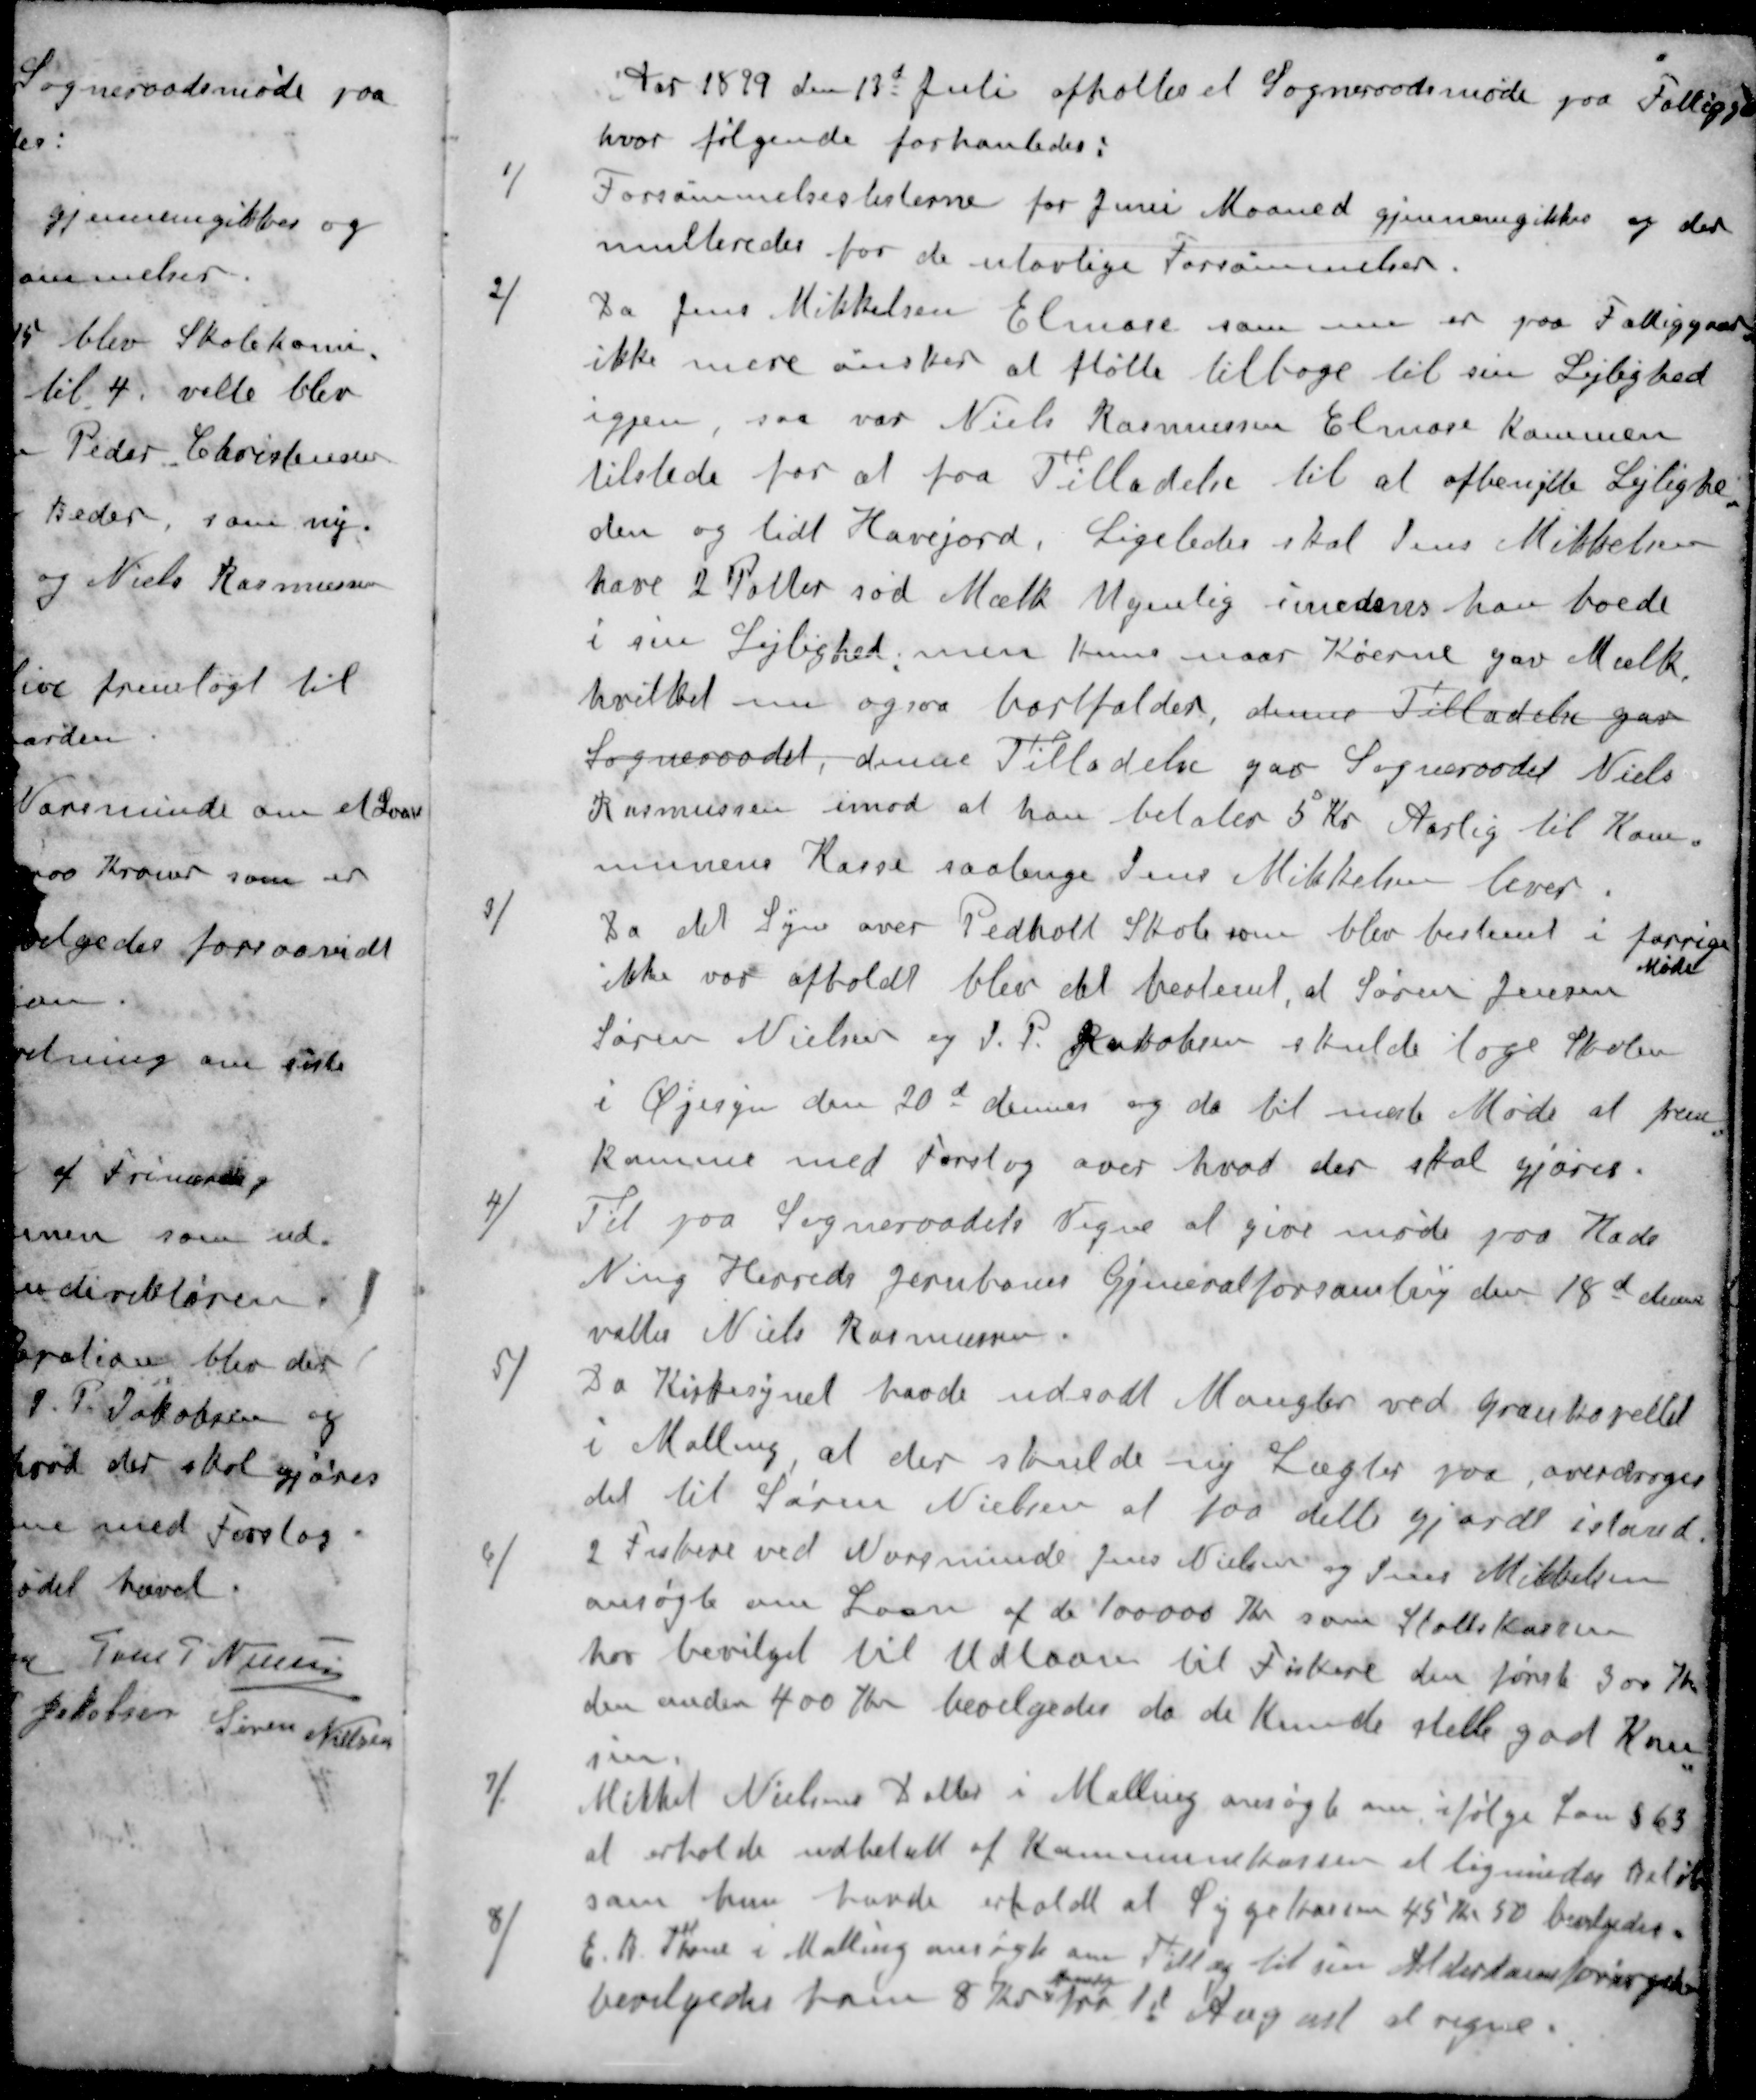
Transskription:
Aar 1899 den 13d Juli afholtes et Sogneraadsmøde paa Fattigga
hvor følgende forhanledes:
1 / Forsømmelseslisterne for Juni Maaned gjennemgikkes og der
multeredes for de ulovlige Forsømmelser.
2 / Da Jens Mikkelsen Elmose som nu er paa Fattiggaard
ikke mere ønsker at fløtte tilbage til sin Lejlighed
igjen, saa var Niels Rasmussen Elmose Kommen
tilstede for at faa Tilladelse til at afbenytte Lejlighe
den og lidt Havejord. Ligeledes skal Jens Mikkelsen
have 2 Potter sød Mælk Ugenlig imedens han boede
i sin Lejlighed, men kuns naar Køerne gav Mælk.
hvilket nu ogsaa bortfalder, denne Tilladelse gav
Sogneraadet, denne Tilladelse gaa Sogneraadet Niels
Rasmussen imod at han betaler 5 Kr Aarlig til Kom
munens Kasse saalænge Jens Mikkelsen lever.
3 / Da det Syn over Pedholt Skole som blev bestemt i forrige
Møde
ikke var afholdt blev det bestemt, at Søren Jensen
Søren Nielsen og J. P. Jakobsen skulde tage Skolen
i Øjesyn den 20d dennes og da til næste Møde at frem
komme med Forslag over hvad der skal gjøres.
4 / Til paa Sogneraadets Vegne at give møde paa Hads
Ning Herreds Jernbanes Gjeneralforsamling den 18d dennes
valtes Niels Rasmussen
5 / Da Kirkesynet havde udrodt Mangler ved Gravkapellet
i Malling at der skulde ny Lægter paa, overdroges
det til Søren Nielsen af faa dette gjorde istand
6 / 2 Fiskere ved Norsminde Jens Nielsen og Jens M. Nielsen
ansøgte om Laan af de 100000 Kr som Statskassen
har bevilget til Udlaan til Fiskere den første 300 Kr
den anden 400 Kr bevilgedes da de kunde stille god Kau
sin
7 / Mikkel Nielsens Datter i Malling ansøgte om, ifølge Lov §63
at erholde udbetalt af Kommunekassen at lignende Beløb
som hun havde erholdt at Sygekassen 45 Kr 50 bevilgedes.
8 / E. A. Thone i Malling ansøgte om Tillæg til sin Alderdomsforsørgelse
ugenlig
bevilgedes ham 8 Kr fra 1d August at regne.